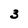
Character: 3